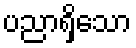
ပညာရှိသော